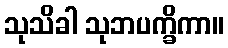
သုသိခါ သုဘပက္ခိကာ။